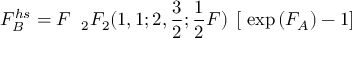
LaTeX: { \cal F } _ { \cal B } ^ { h s } = { \cal F } \; \; _ { 2 } F _ { 2 } ( 1 , 1 ; 2 , \frac { 3 } { 2 } ; \frac { 1 } { 2 } { \cal F } ) \; \left[ \; \exp \left( { \cal F } _ { \cal A } \right) - 1 \right]